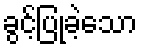
ခွင့်ပြုခဲ့သော